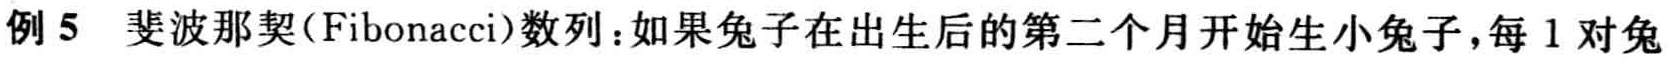
例 5 斐波那契(Fibonacci)数列：如果兔子在出生后的第二个月开始生小兔子，每 1 对兔